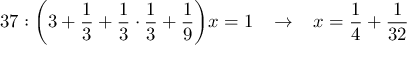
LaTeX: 3 7 : { \bigg ( } 3 + { \frac { 1 } { 3 } } + { \frac { 1 } { 3 } } \cdot { \frac { 1 } { 3 } } + { \frac { 1 } { 9 } } { \bigg ) } x = 1 \; \; \; \rightarrow \; \; \; x = { \frac { 1 } { 4 } } + { \frac { 1 } { 3 2 } }